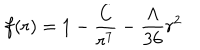
LaTeX: f ( r ) = 1 - \frac { C } { r ^ { 7 } } - \frac { \Lambda } { 3 6 } r ^ { 2 }